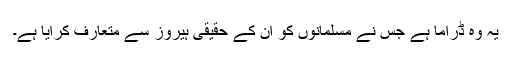
یہ وہ ڈراما ہے جس نے مسلمانوں کو ان کے حقیقی ہیروز سے متعارف کرایا ہے۔